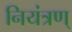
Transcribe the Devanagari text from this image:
नियंत्रण्‌